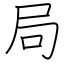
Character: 局